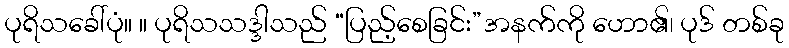
ပုရိသခေါ်ပုံ။ ။ ပုရိသသဒ္ဒါသည် “ပြည့်စေခြင်း”အနက်ကို ဟော၏၊ ပုဒ် တစ်ခု